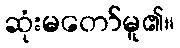
ဆုံးမတော်မူ၏။